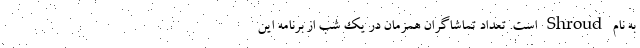
به نام Shroud است. تعداد تماشاگران همزمان در یک شب از برنامه این